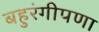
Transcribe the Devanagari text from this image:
बहुरंगीपणा